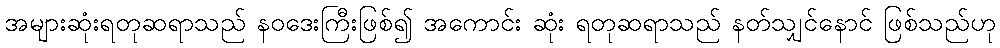
အများဆုံးရတုဆရာသည် နဝဒေးကြီးဖြစ်၍ အကောင်း ဆုံး ရတုဆရာသည် နတ်သျှင်နောင် ဖြစ်သည်ဟု